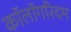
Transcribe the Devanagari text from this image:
कॉलॉगरिदम